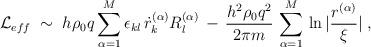
LaTeX: \begin{align*}{\mathcal L}_{eff}\;\sim\; h \rho_0 q \sum_{\alpha = 1}^M \epsilon_{kl} \, \dot{r}^{(\alpha)}_k R^{(\alpha)}_l \,-\, \frac{h^2\rho_0 q^2}{2 \pi m}\,\sum_{\alpha=1}^M \, \ln |\frac{r^{(\alpha)}}{\xi}|\;,\end{align*}